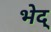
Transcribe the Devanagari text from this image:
भेद्